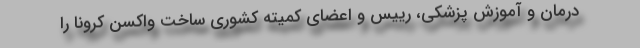
درمان و آموزش پزشکی، رییس و اعضای کمیته کشوری ساخت واکسن کرونا را